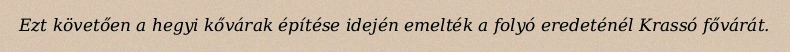
Ezt követően a hegyi kővárak építése idején emelték a folyó eredeténél Krassó fővárát.